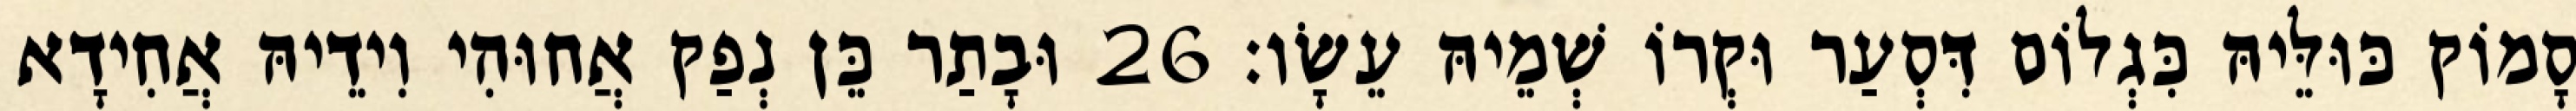
סָמוֹק כּוּלֵּיהּ כִּגְלוֹם דִּסְעַר וּקְרוֹ שְׁמֵיהּ עֵשָׂו׃ 26 וּבָתַר כֵּן נְפַק אֲחוּהִי וִידֵיהּ אֲחִידָא